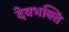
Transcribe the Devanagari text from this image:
देवभक्ति